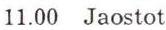
11.00 Jaostot